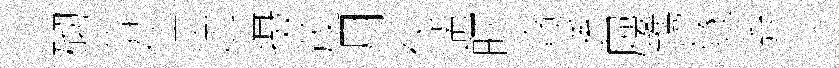
砌翕仕途摄茂月视遄旴貪遜屨鎸隧弃